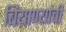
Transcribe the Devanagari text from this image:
बियाण्यांची